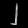
Digit: ၂